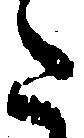
た